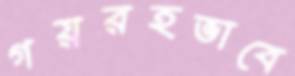
গয়রহভাবে